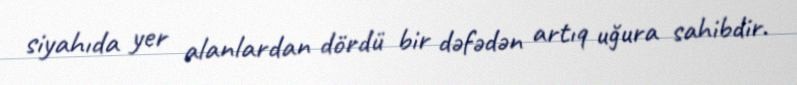
siyahıda yer alanlardan dördü bir dəfədən artıq uğura sahibdir.